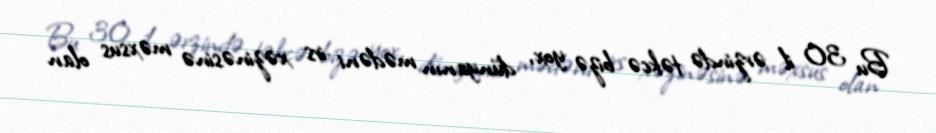
Bu 30 il ərzində təkcə bizə yox, dünyanın mədəni irs xəzinəsinə məxsus olan